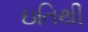
ઇતિથી